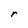
Character: r